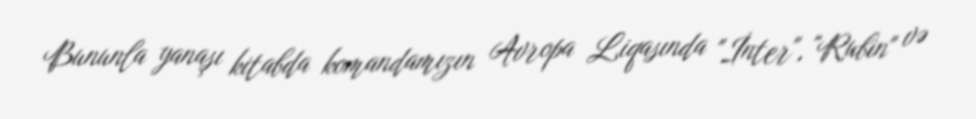
Bununla yanaşı kitabda komandamızın Avropa Liqasında "İnter", "Rubin" və